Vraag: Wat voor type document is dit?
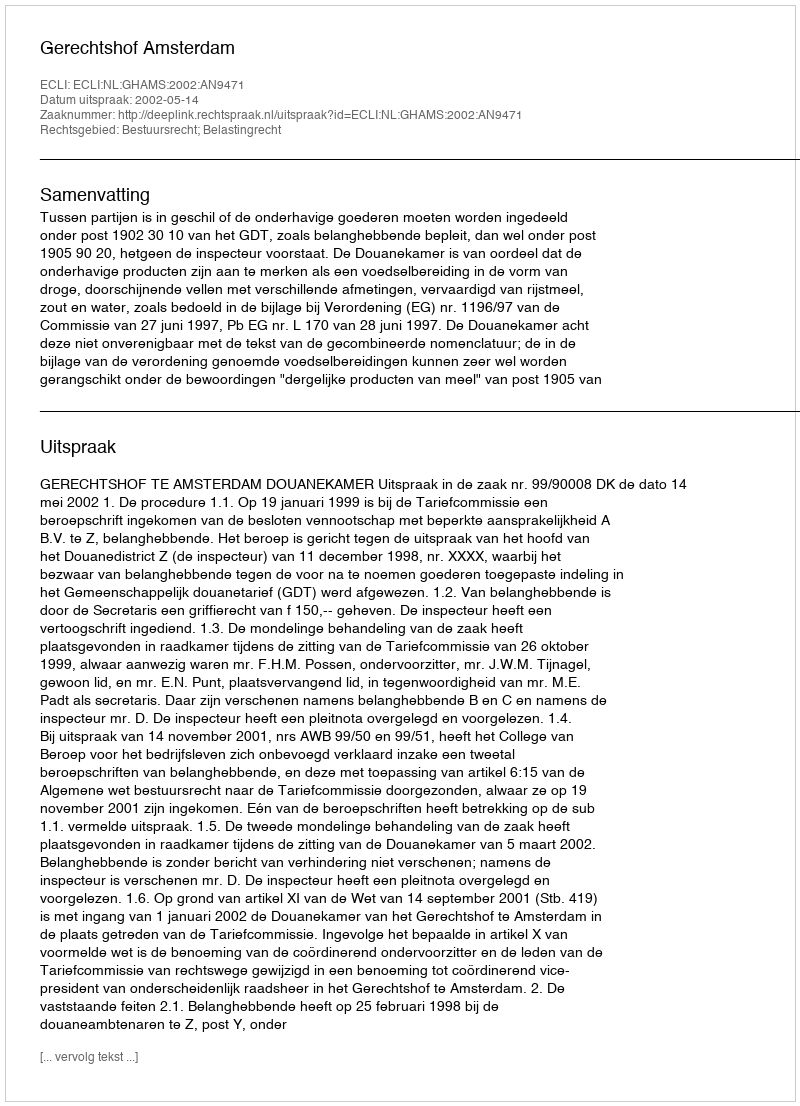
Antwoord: Uitspraak